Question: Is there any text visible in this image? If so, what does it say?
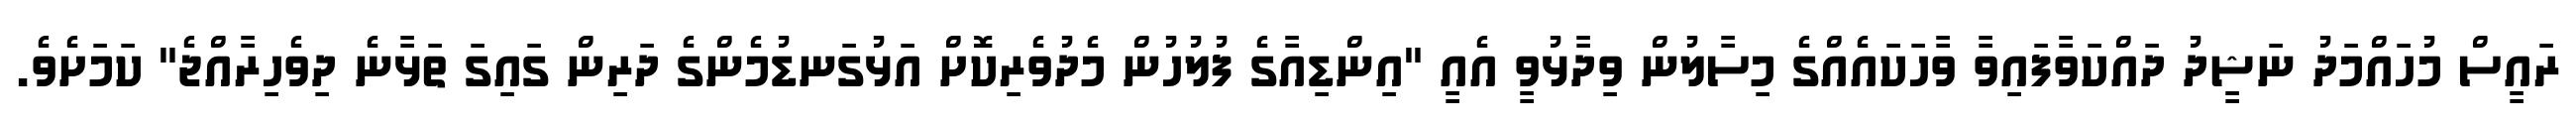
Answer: ރައީސް މުހައްމަދު ނަޝީދު ދައްކަވާފައިވާ ވާހަކައެއްގެ މިސާލުން ވިދާޅުވީ އެއީ "އިންޑިއާގެ ފުލުހުން މެދުވެރިކޮށް އަޅުގަނޑުމެންގެ ދަރިން ގައިގަ ތަޅާނެ ދިވެހިރާއްޖެ" ކަމަށެވެ.